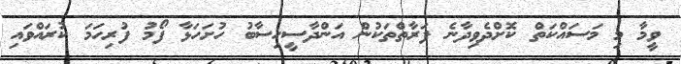
ވީމާ މި މަސައްކަތް ކޮށްދެވިދާނެ ފަރާތްތަކުން އަންދާސީހިސާބު ހުށަހަޅާ ފޯމު ފުރިހަމަ ކުރައްވައި